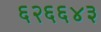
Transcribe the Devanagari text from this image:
६२६६४३